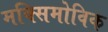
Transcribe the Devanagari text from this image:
मक्सिमोविक